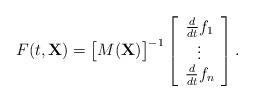
LaTeX: \begin{align*}F(t,\mathbf{X})=\big[M(\mathbf{X})\big]^{-1}\left[\begin{array}{c} \frac{d}{dt}f_1\\ \vdots \\ \frac{d}{dt}f_n\end{array}\right].\end{align*}